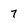
Character: 7